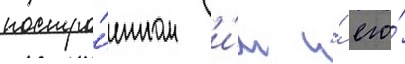
постро́енном и́м и́ его́